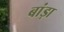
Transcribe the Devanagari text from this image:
बांड़ा